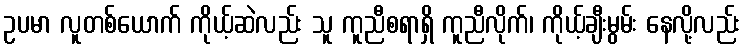
ဥပမာ လူတစ်ယောက် ကိုယ့်ဆဲလည်း သူ ကူညီစရာရှိ ကူညီလိုက်၊ ကိုယ့်ချီးမွမ်း နေလို့လည်း